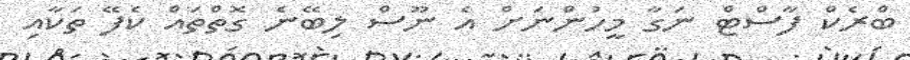
ބްރެކް ފާސްޓް ނަގާ މީހުންނަށް އެ ނޫސް ލިބޭނެ ގޮތްތައް ކެފޭ ތަކާއި